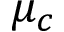
\mu _ { c }